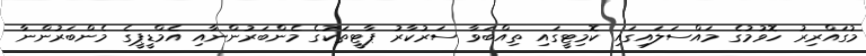
މުގައްރިރު ހޮވުމުގެ މައްސަލައިގައި ކޮމިޓީގައި ތިއްބަވާ ސަރުކާރު ޕާޓީތަކުގެ މެންބަރުންނާއި އެމްޑީޕީގެ މެންބަރުންނާ